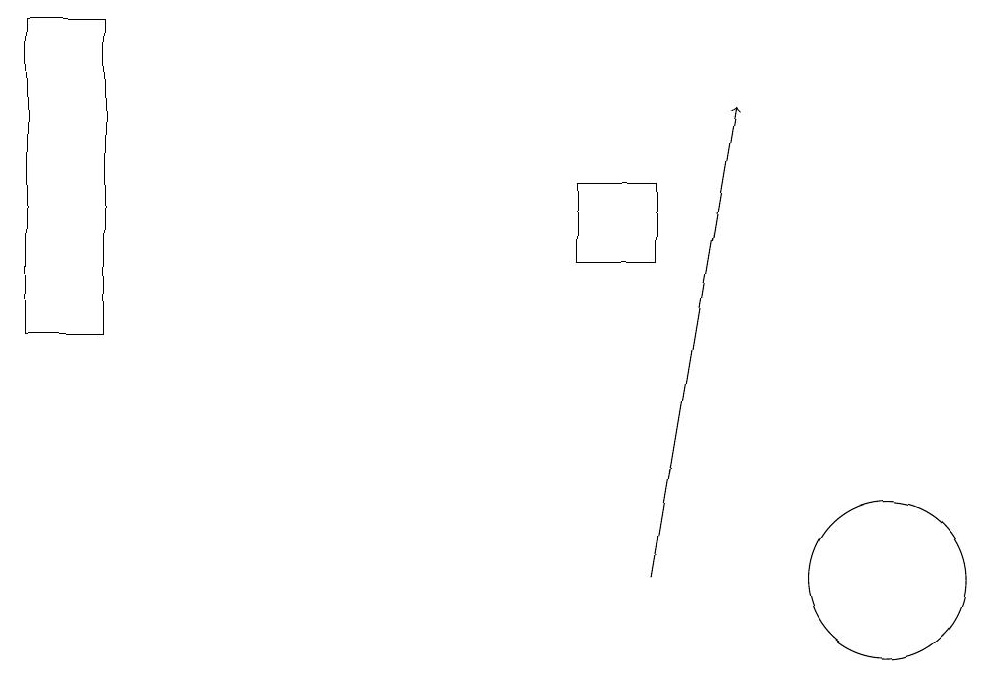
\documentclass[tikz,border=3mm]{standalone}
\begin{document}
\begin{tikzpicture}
\draw (11,12) circle (1);
\draw[->] (8,12) -- (9,18);
\draw (8,16) rectangle (7,17);
\draw (0,15) rectangle (1,19);
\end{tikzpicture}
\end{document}